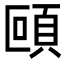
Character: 𩑼